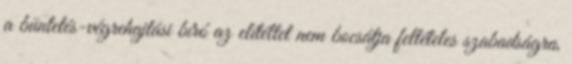
a büntetés-végrehajtási bíró az elítéltet nem bocsátja feltételes szabadságra,